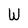
Character: W